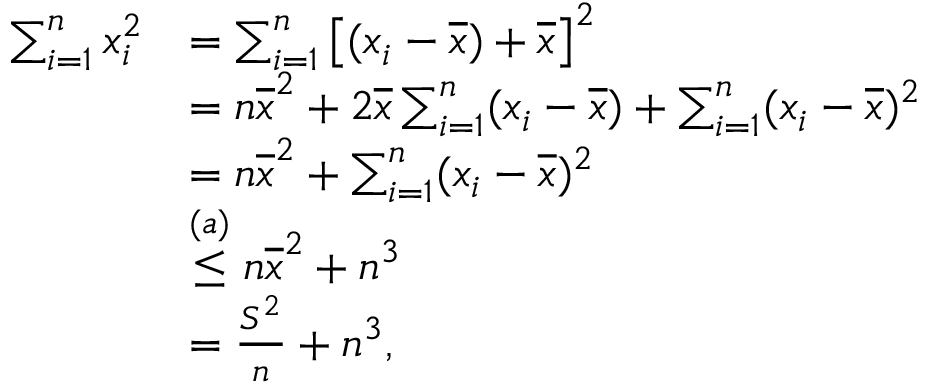
\begin{array} { r l } { \sum _ { i = 1 } ^ { n } x _ { i } ^ { 2 } } & { = \sum _ { i = 1 } ^ { n } \left[ ( x _ { i } - \overline { x } ) + \overline { x } \right] ^ { 2 } } \\ & { = n \overline { x } ^ { 2 } + 2 \overline { x } \sum _ { i = 1 } ^ { n } ( x _ { i } - \overline { x } ) + \sum _ { i = 1 } ^ { n } ( x _ { i } - \overline { x } ) ^ { 2 } } \\ & { = n \overline { x } ^ { 2 } + \sum _ { i = 1 } ^ { n } ( x _ { i } - \overline { x } ) ^ { 2 } } \\ & { \stackrel { ( a ) } \le n \overline { x } ^ { 2 } + n ^ { 3 } } \\ & { = \frac { S ^ { 2 } } n + n ^ { 3 } , } \end{array}